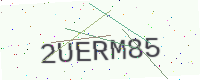
Text: 2UERM85